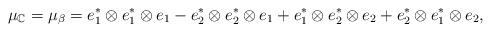
LaTeX: \begin{align*}\mu_{\mathbb{C}} = \mu_\beta =e^*_1\otimes e^*_1\otimes e_1 -e^*_2\otimes e^*_2\otimes e_1 + e^*_1\otimes e^*_2\otimes e_2+e^*_2 \otimes e^*_1\otimes e_2,\end{align*}